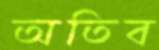
অতিব